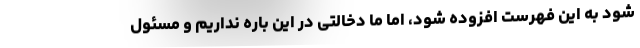
شود به این فهرست افزوده شود، اما ما دخالتی در این باره نداریم و مسئول